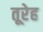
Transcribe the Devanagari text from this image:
तूरेह